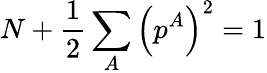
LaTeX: N+\frac{1}{2}\sum_{A}\left(p^{A}\right)^{2}=1